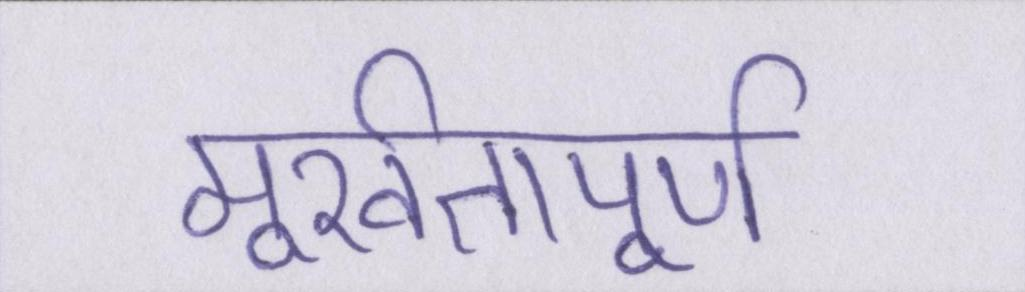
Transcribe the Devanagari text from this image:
मूर्खतापूर्ण